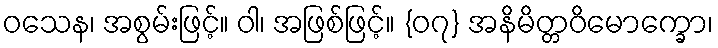
ဝသေန၊ အစွမ်းဖြင့်။ ဝါ၊ အဖြစ်ဖြင့်။ {၀၇} အနိမိတ္တဝိမောက္ခော၊